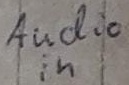
Text: Audio in